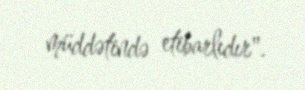
müddətində etibarlıdır".